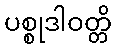
ပစ္စုဒါဝတ္တိ